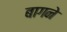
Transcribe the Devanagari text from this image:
बागने